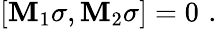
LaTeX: \lbrack\mathbf{M}_{1}\sigma,\mathbf{M}_{2}\sigma]=0\, \, .